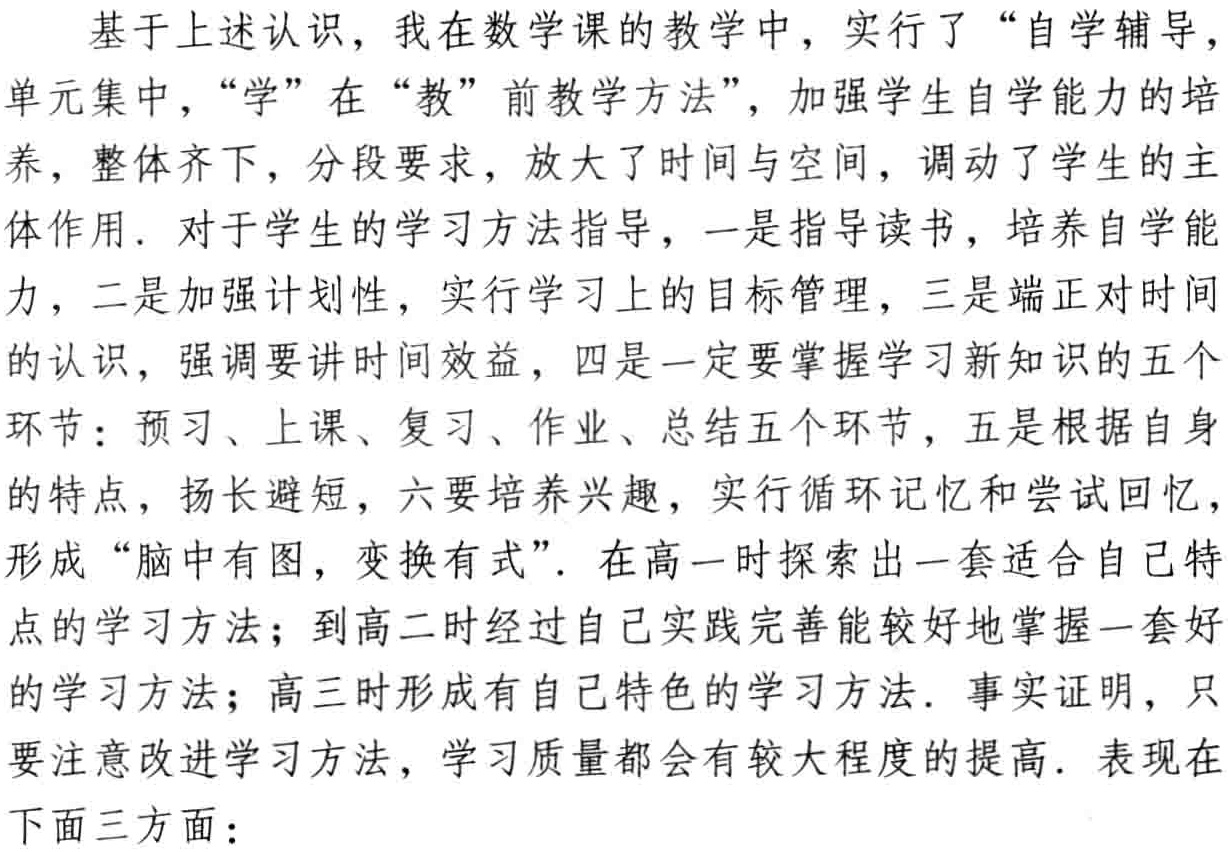
基于上述认识，我在数学课的教学中，实行了 “自学辅导，单元集中，“学” 在 “教” 前教学方法”，加强学生自学能力的培养，整体齐下，分段要求，放大了时间与空间，调动了学生的主体作用. 对于学生的学习方法指导，一是指导读书，培养自学能力，二是加强计划性，实行学习上的目标管理，三是端正对时间的认识，强调要讲时间效益，四是一定要掌握学习新知识的五个环节：预习、上课、复习、作业、总结五个环节，五是根据自身的特点，扬长避短，六要培养兴趣，实行循环记忆和尝试回忆，形成 “脑中有图，变换有式”. 在高一时探索出一套适合自己特点的学习方法；到高二时经过自己实践完善能较好地掌握一套好的学习方法；高三时形成有自己特色的学习方法. 事实证明，只要注意改进学习方法，学习质量都会有较大程度的提高. 表现在下面三方面：